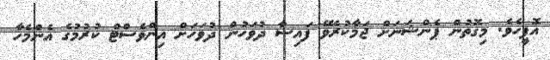
އޮފީހެވެ. މިގޮތުން ޕެންޝަނަށް ޖަމާކުރެވޭ ފައިސާ ދުވަހުން ދުވަހަށް އިންވެސްޓް ކުރުމުގެ އެންމެހާ